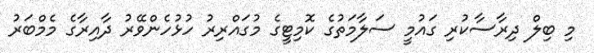
މި ބިލް ދިރާސާކުރި ގައުމީ ސަލާމަތުގެ ކޮމިޓީގެ މުގައްރިރު ހުޅުހެންވޭރު ދާއިރާގެ މެމްބަރު